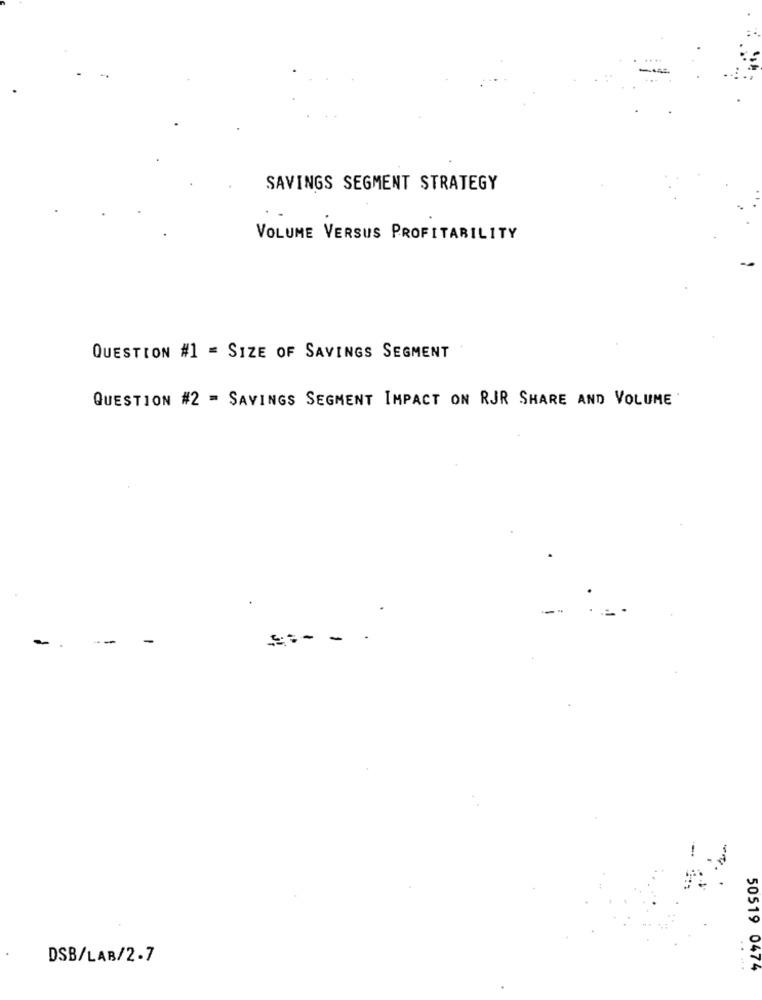
SAVINGS SEGMENT STRATEGY
VOLUME VERSUS PROFITABILITY
QUESTION #1 = SIZE OF SAVINGS SEGMENT
QUESTION #2 = SAVINGS SEGMENT IMPACT ON RJR SHARE AND VOLUME
-
--
-- -
DSB/LAB/2-7
....
50519 0474